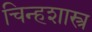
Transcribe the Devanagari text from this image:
चिन्हशास्त्र